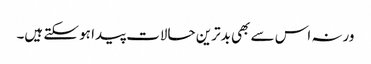
ورنہ اس سے بھی بدترین حالات پیدا ہو سکتے ہیں۔